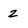
Character: z